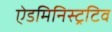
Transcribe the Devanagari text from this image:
ऐडमिनिस्ट्रटिव